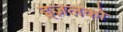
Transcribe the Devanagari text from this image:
इज़लको